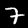
Label: 7